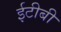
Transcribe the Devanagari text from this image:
ईटीबी